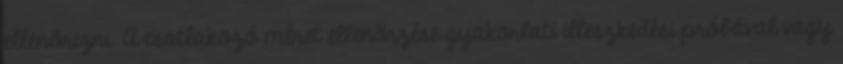
ellenõrizni. A csatlakozó méret ellenõrzése gyakorlati illeszkedési próbával vagy